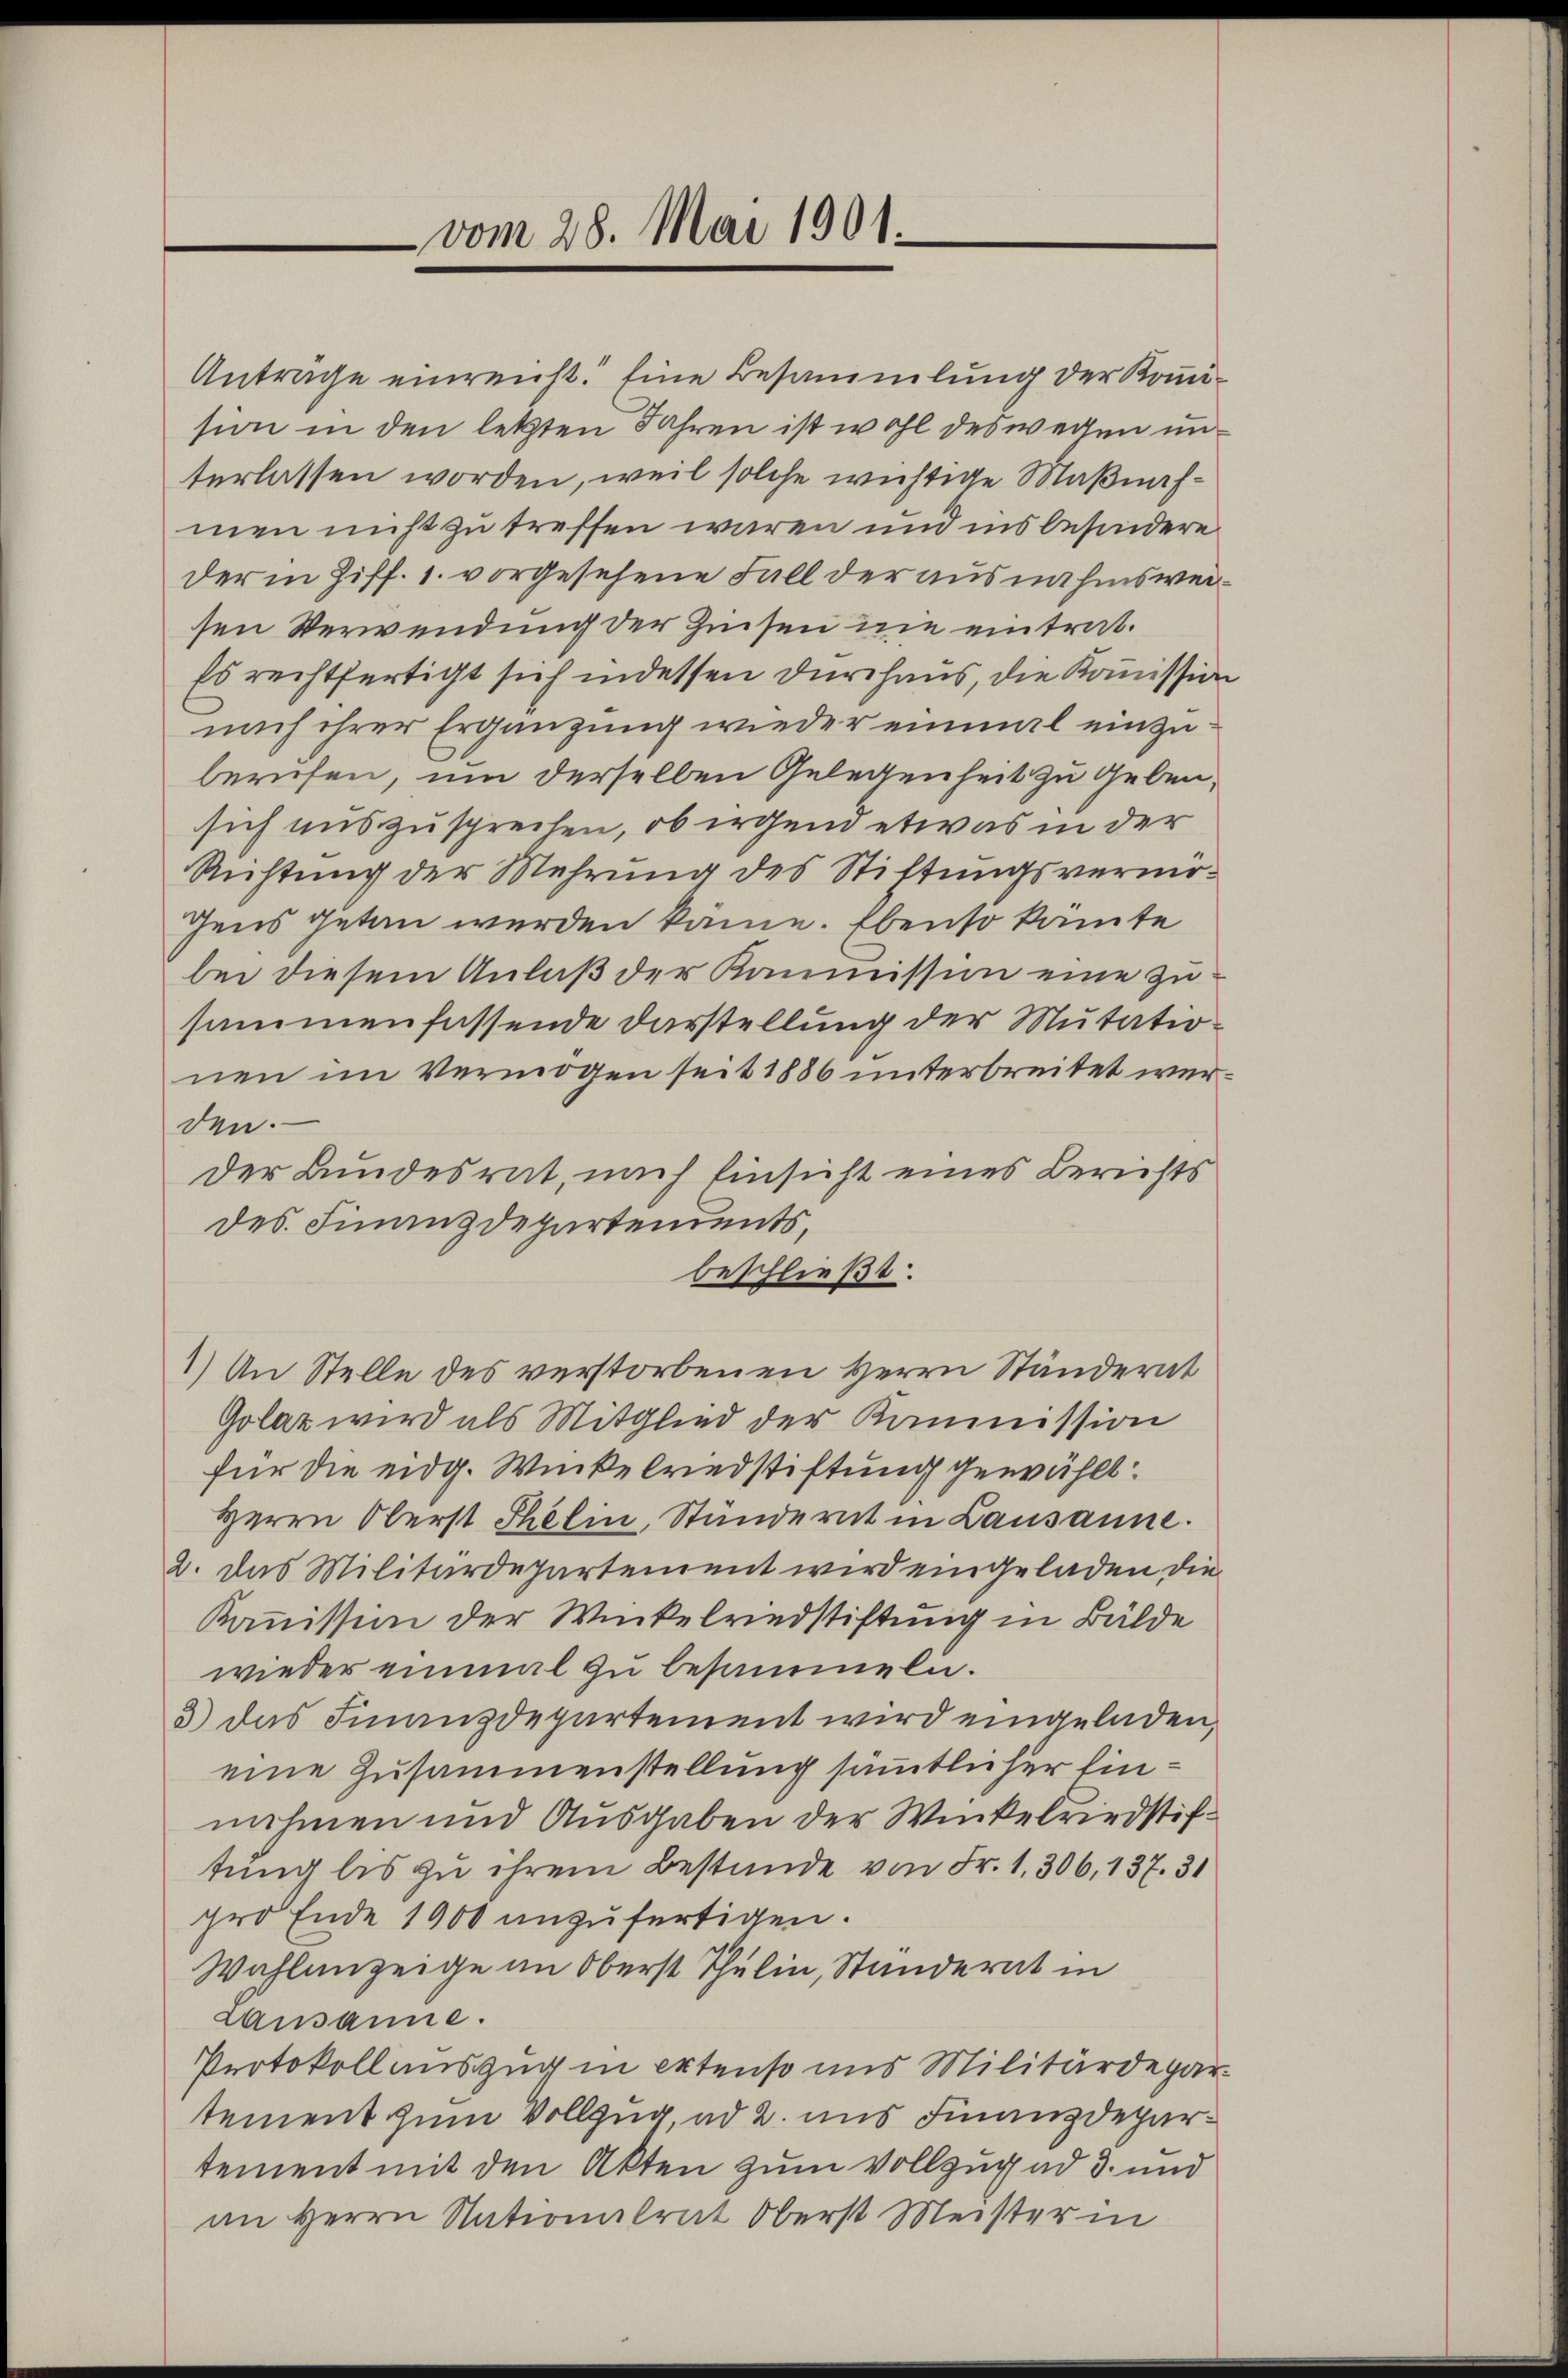
Anträge einreicht. Eine Besammlung der Komision in den letzten Jahren ist wohl deswegen unterlassen worden, weil solche wichtige Maßnahmen nicht zu treffen wären und ins besondere
der in Ziff. 1. vorgesehene Fall der ausnahmsweisen Verwendung der Zinsen nie eintrat.
Es rechtfertigt sich indessen durchaus, die Kommission
nach ihrer Ergänzung wieder einmal einzuberufen, um derselben Gelegenheit zu gebensich uns zusprechen, ob irgend etwas in der
Richtung der Mehrung des Stiftungsvermö¬
Gens getan werden käme. Ebenso kämte
bei diesem Anlaß der Kommission eine zusammenfassende Darstellung der Mutationen im Vermögen seit 1886 unterbreitet werden.
Der Bundesrat, nach Einsicht eines Berichts
des Finanzdepartendents,
beschließt:
1) An Stelle des verstorbenen Herrn Ständerat
Golaz wird als Mitglied der Kommission
für die eidg. Winkelredstiftung gewählt:
Herrn Oberst Selin, Stundernt in Lausanne.
2. Das Militärdepartement wird eingeladen die
Kommission der Winkelrindstiftung in Bälde
wieder einmal zu besammeln.
3) das Finanzdepartement wird eingeladen,
eine Zusammenstellung sämmtlicher Einnahmen und Ausgaben der Winkelriedstiftung bis zu ihrem Bestände von Fr. 1. 306, 137. 31
pro Ende 1900 anzufertigen.
Wahlanzeige an Oberst Thulin, Standerat in
Lausanne.
Protokoll auszug in extenso uns Militärdepartement zum Vollzug, ad 2. uns Finanzdepartement mit den Akten zum Vollzug ad 3. und
an Herrn Nationalrat Oberst Meisterin

vom 28. Mai 1901.